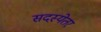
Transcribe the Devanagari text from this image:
सदस्येतर